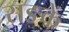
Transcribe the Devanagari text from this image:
सङकें